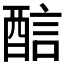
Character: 𨡄